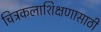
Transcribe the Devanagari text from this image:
चित्रकलाशिक्षणासाठी